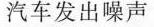
汽车发出噪声